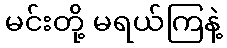
မင်းတို့ မရယ်ကြနဲ့